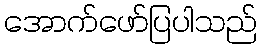
အောက်ဖော်ပြပါသည်